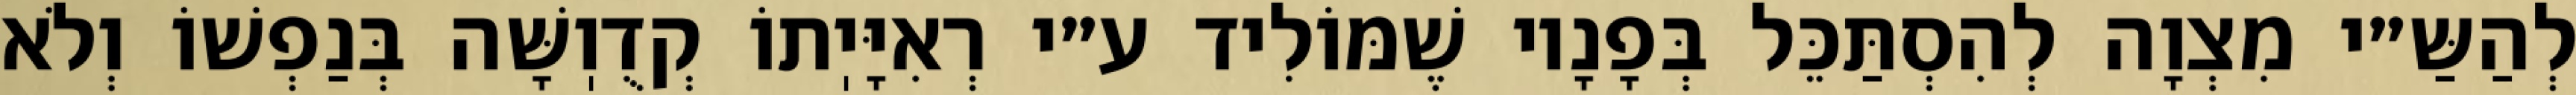
לְהַשַּ״י מִצְוָה לְהִסְתַּכֵּל בְּפָנָיו שֶׁמּוֹלִיד ע״י רְאִיָּיֽתוֹ קְדֻוֽשָּׁה בְּנַפְשׁוֹ וְלֹא